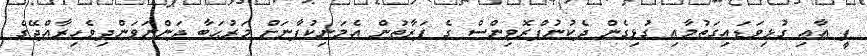
ޕީ އާއި ގުޅިވަޑައިގަތުމާޢި ގުޅިގެން ދެކުނުޕްރޮވިންސް ގެ ފަރާތުން އެމަނިކުފާނަށް މަރުޙަބާ ދަންނަވަންދިވެހިރާއްޖޭގެ